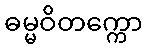
ဓမ္မဝိတက္ကော